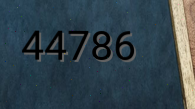
44786